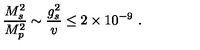
{ \frac { M _ { s } ^ { 2 } } { M _ { p } ^ { 2 } } } \sim { \frac { g _ { s } ^ { 2 } } { v } } \leq 2 \times 1 0 ^ { - 9 } \ .